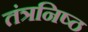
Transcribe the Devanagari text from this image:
तंत्रनिष्ठ